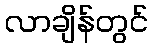
လာချိန်တွင်